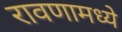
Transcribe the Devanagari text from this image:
रावणामध्ये